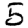
Digit: 5